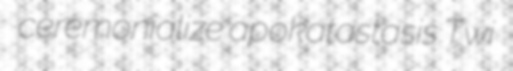
ceremonialize apokatastasis Twi